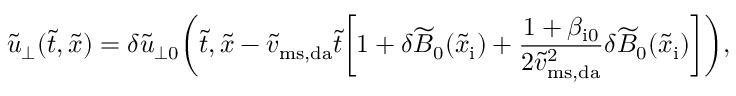
\widetilde { u } _ { \perp } ( \widetilde { t } , \widetilde { x } ) = \delta \widetilde { u } _ { \perp 0 } \biggl ( \widetilde { t } , \widetilde { x } - \widetilde { v } _ { \mathrm { m s , d a } } \widetilde { t } \biggl [ 1 + \delta \widetilde { B } _ { 0 } ( \widetilde { x } _ { \mathrm { i } } ) + \frac { 1 + \beta _ { \mathrm { i 0 } } } { 2 \widetilde { v } _ { \mathrm { m s , d a } } ^ { 2 } } \delta \widetilde { B } _ { 0 } ( \widetilde { x } _ { \mathrm { i } } ) \biggr ] \biggr ) ,